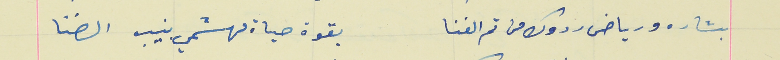
بشاره ورياض ردوك من تم الفنا                                بقوة حياة مهشمي بنيب الضنا